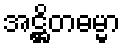
အဋ္ဌိတဓမ္မာ